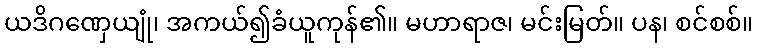
ယဒိဂဏှေယျုံ၊ အကယ်၍ခံယူကုန်၏။ မဟာရာဇ၊ မင်းမြတ်။ ပန၊ စင်စစ်။